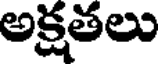
అక్షతలు